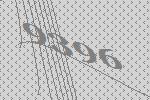
9396